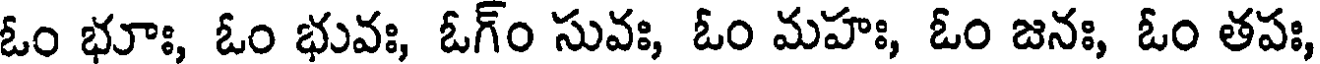
ఓం భూః, ఓం భువః, ఓగ్ం సువః, ఓం మహః, ఓం జనః, ఓం తపః,